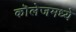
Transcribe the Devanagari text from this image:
कॊलेजमध्ये